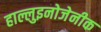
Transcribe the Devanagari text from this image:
हाल्लुइनोजेनीक